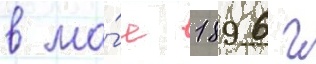
в ма́е 1896 г